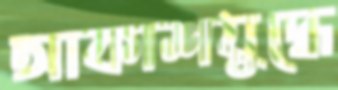
আকাশযুদ্ধে